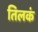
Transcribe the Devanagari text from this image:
तिलकं